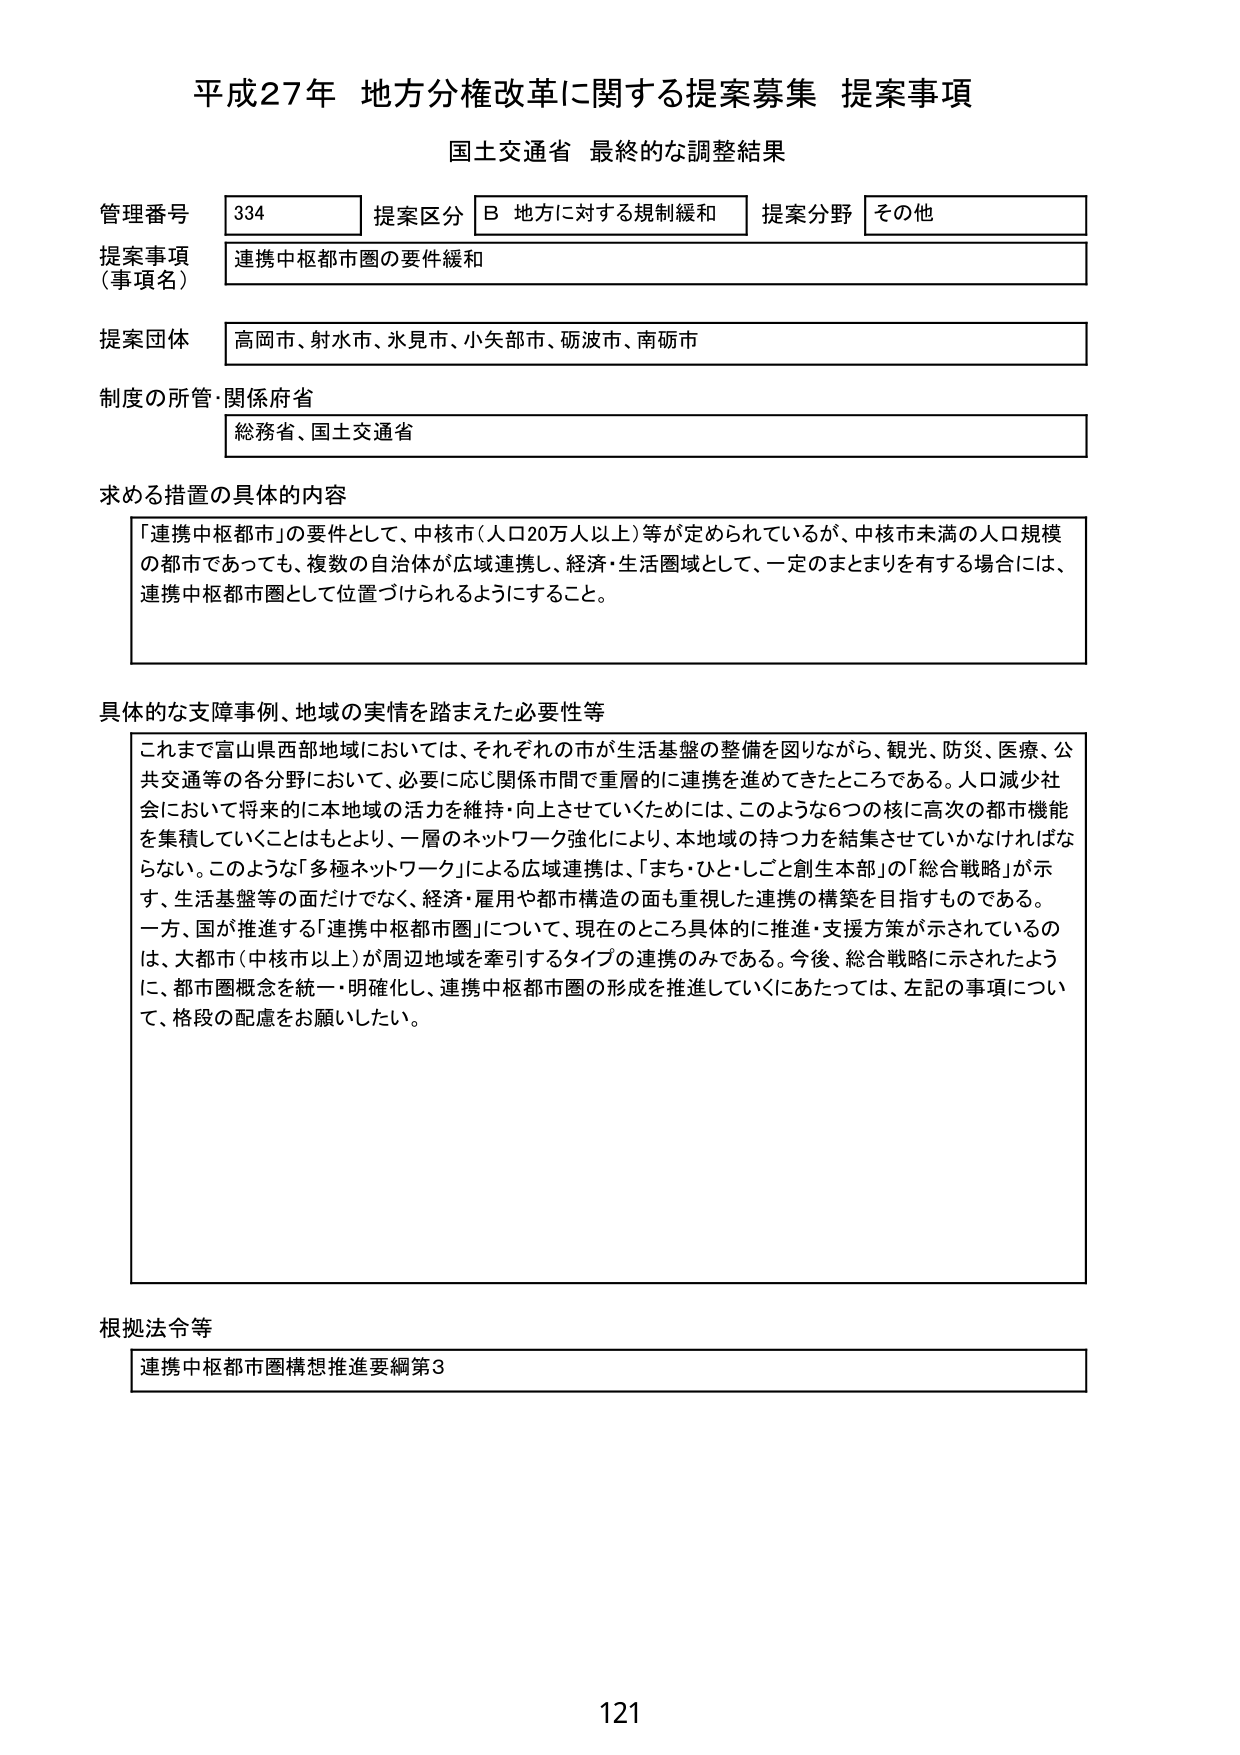
平成27年 地方分権改革に関する提案募集 提案事項
国土交通省 最終的な調整結果

管理番号 334 提案区分 B 地方に対する規制緩和 提案分野 その他
提案事項（事項名） 連携中枢都市圏の要件緩和
提案団体 高岡市、射水市、氷見市、小矢部市、砺波市、南砺市
制度の所管・関係府省 総務省、国土交通省

求める措置の具体的内容
「連携中枢都市」の要件として、中核市（人口20万人以上）等が定められているが、中核市未満の人口規模の都市であっても、複数の自治体が広域連携し、経済・生活圏域として、一定のまとまりを有する場合には、連携中枢都市圏として位置づけられるようにすること。

具体的な支障事例、地域の実情を踏まえた必要性等
これまで富山県西部地域においては、それぞれの市が生活基盤の整備を図りながら、観光、防災、医療、公共交通等の各分野において、必要に応じ関係市間で重層的に連携を進めてきたところである。人口減少社会において将来的に本地域の活力を維持・向上させていくためには、このような6つの核に高次の都市機能を集積していくこともより、一層のネットワーク強化により、本地域の持つ力を結集させていかなければならない。このような「多極ネットワーク」による広域連携は、「まち・ひと・しごと創生本部」の「総合戦略」が示す、生活基盤等の面だけでなく、経済・雇用や都市構造の面も重視した連携の構築を目指すものである。一方、国が推進する「連携中枢都市圏」について、現在のところ具体的に推進・支援方策が示されているのは、大都市（中核市以上）が周辺地域を牽引するタイプの連携のみである。今後、総合戦略に示されたように、都市圏概念を統一・明確化し、連携中枢都市圏の形成を推進していくにあたっては、左記の事項について、格段の配慮をお願いしたい。

根拠法令等
連携中枢都市圏構想推進要綱第3

121